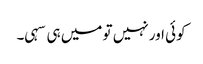
کوئی اور نہیں تو میں ہی سہی۔